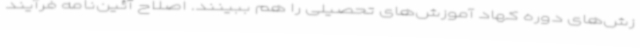
زش‌های دوره کهاد آموزش‌های تحصیلی را هم ببینند. اصلاح آئین‌نامه فرآیند